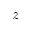
z